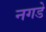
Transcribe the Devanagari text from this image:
नगडे